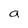
Character: a